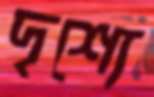
দৃশ্যে